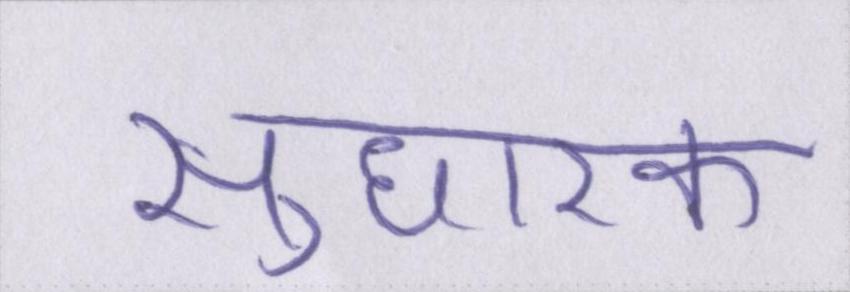
सुधारक